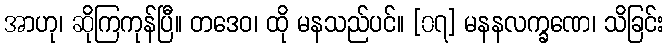
အာဟု၊ ဆိုကြကုန်ပြီ။ တဒေဝ၊ ထို မနသည်ပင်။ [၀၇] မနနလက္ခဏေ၊ သိခြင်း